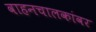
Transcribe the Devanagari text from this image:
वाहनचालकांवर